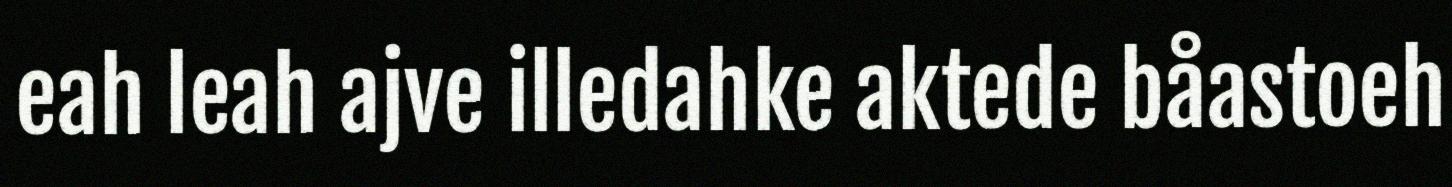
eah leah ajve illedahke aktede båastoeh